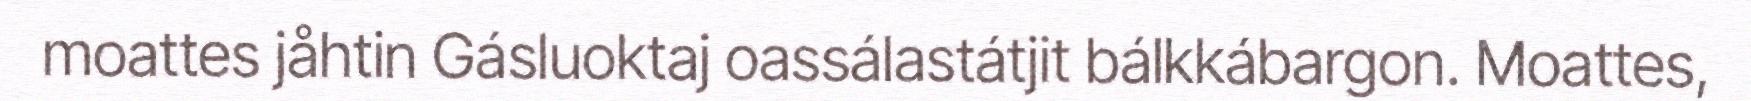
moattes jåhtin Gásluoktaj oassálastátjit bálkkábargon. Moattes,